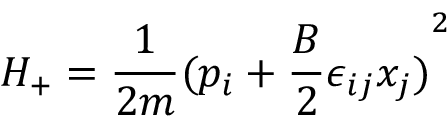
H _ { + } = \frac { 1 } { 2 m } { ( p _ { i } + \frac { B } { 2 } \epsilon _ { i j } x _ { j } ) } ^ { 2 }